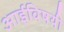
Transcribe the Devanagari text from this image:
आईविषयी